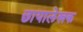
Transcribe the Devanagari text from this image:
छायालेखक